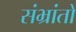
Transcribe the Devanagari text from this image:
संभ्रांतों